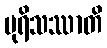
ပုရိသဿာတိ